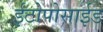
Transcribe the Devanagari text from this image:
ईटोपोसाईड